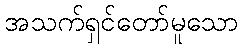
အသက်ရှင်တော်မူသော